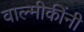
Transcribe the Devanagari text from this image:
वाल्मीकींनी